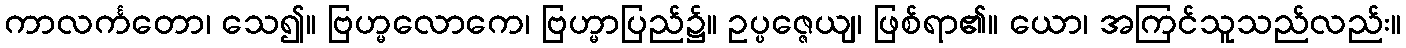
ကာလင်္ကတော၊ သေ၍။ ဗြဟ္မလောကေ၊ ဗြဟ္မာပြည်၌။ ဥပ္ပဇ္ဇေယျ၊ ဖြစ်ရာ၏။ ယော၊ အကြင်သူသည်လည်း။